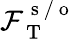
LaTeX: \mathcal{F}_{\mathrm{~T~}}^{\mathrm{~s~/~o~}}